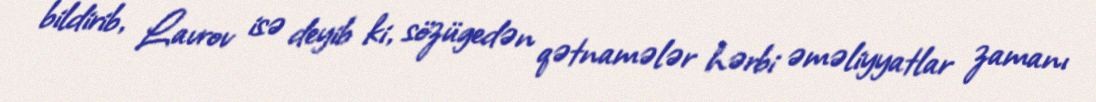
bildirib, Lavrov isə deyib ki, sözügedən qətnamələr hərbi əməliyyatlar zamanı